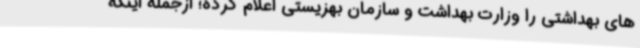
های بهداشتی را وزارت بهداشت و سازمان بهزیستی اعلام کرده؛ ازجمله اینکه